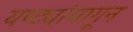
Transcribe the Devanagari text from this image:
यष्ट्यांमागून